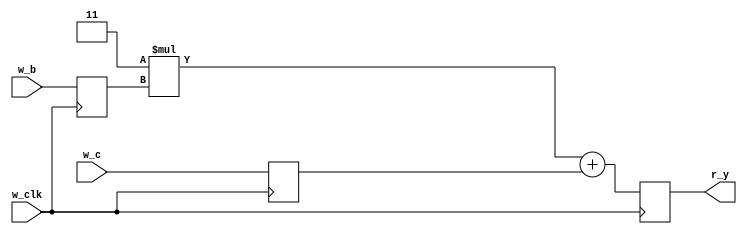
module m_madd(w_clk, w_b, w_c, r_y);
  input wire w_clk;
  input wire [15:0] w_b;
  input wire [31:0] w_c;
  output reg [31:0] r_y = 0;
  reg [15:0] r_b = 0;
  reg [31:0] r_c = 0;
  always @(posedge w_clk) begin
    r_b <= w_b;
    r_c <= w_c;
    r_y <= (16'd3 * r_b) + r_c;
  end
endmodule